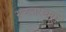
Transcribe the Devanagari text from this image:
स्च्लारबाम